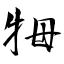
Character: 牳